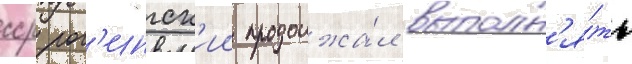
сср рог'инск'ии продолжа́л выполн'я́ть